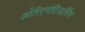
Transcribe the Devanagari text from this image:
ओरिएनटिअरिंग